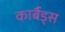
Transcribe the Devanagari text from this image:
कार्बैड्स